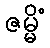
ဇမ္မိံ